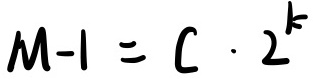
\[ M - 1 = C \cdot 2^{k} \]